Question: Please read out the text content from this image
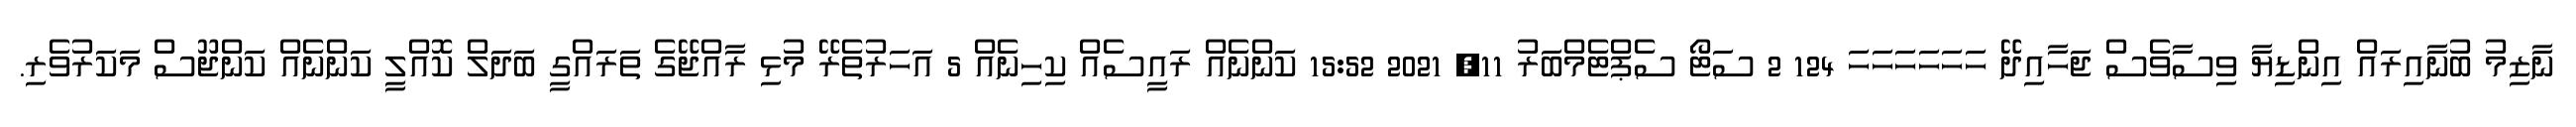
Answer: ނާޒިމު ބުނާއިރައް އިންޑިޔާ ވިސާވެސް ޖަހާއިދޭ ހަހަހަހަހަހަ 124 2 ސަޓޯ ސެޕްޓެމްބަރު 11, 2021 15:52 ކަންނެއް ރައީސެއް ކިހިނެއް 5 އަހަރުތެރޭ މުޅި ރާއްޖޭގެ ތަރައްގީ ބަދަލް ކޮއްލީ ކަންނެއް ކަންޖޫސް މަކަރުވެރި.